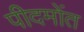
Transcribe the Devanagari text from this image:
पीदमोंत